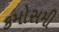
કમોસમી